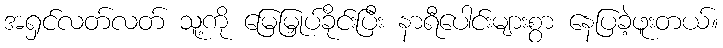
အရှင်လတ်လတ် သူ့ကို မြေမြှုပ်ခိုင်းပြီး နာရီပေါင်းများစွာ နေပြခဲ့ဖူးတယ်။